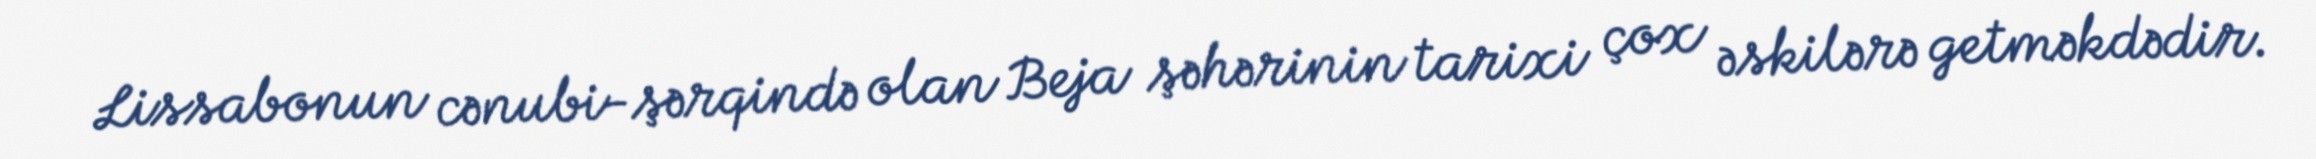
Lissabonun cənubi-şərqində olan Beja şəhərinin tarixi çox əskilərə getməkdədir.